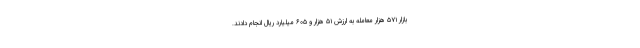
بازار ۵۷۱ هزار معامله به ارزش ۵۱ هزار و ۶۰۵ میلیارد ریال انجام دادند.